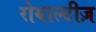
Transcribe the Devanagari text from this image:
रोयाल्टीज़